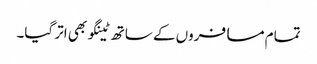
تمام مسافروں کے ساتھ ٹینگو بھی اتر گیا۔